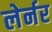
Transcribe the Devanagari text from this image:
लेर्नर